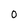
Character: o